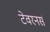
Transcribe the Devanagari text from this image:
टेवरनर्स